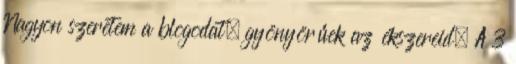
Nagyon szeretem a blogodat, gyönyörűek az ékszereid. A 3